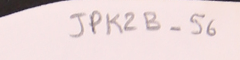
JPK2B-56